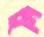
চুনি